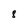
Character: 8